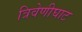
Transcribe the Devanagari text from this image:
त्रिवेणीघाट